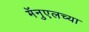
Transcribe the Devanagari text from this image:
मॅनुएलच्या